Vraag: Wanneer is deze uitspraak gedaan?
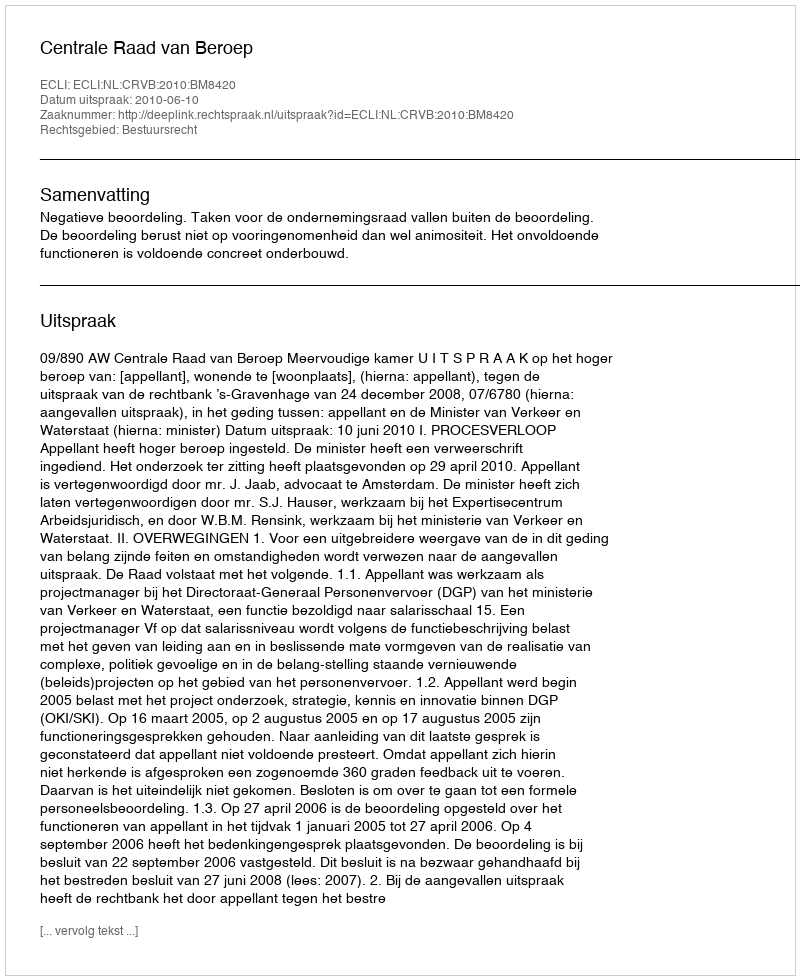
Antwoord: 2010-06-10